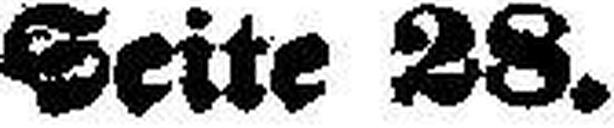
Seite 28.